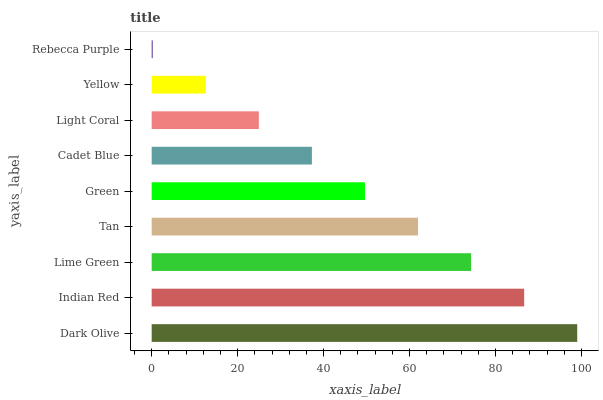
| yaxis_label | bars |
 | --- | --- |
 | Dark Olive | 99 |
 | Indian Red | 86.7 |
 | Lime Green | 74.3 |
 | Tan | 62 |
 | Green | 49.6 |
 | Cadet Blue | 37.3 |
 | Light Coral | 24.9 |
 | Yellow | 12.6 |
 | Rebecca Purple | 0.243 |